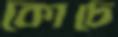
কোচে